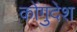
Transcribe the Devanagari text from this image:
कोंगुदेश